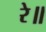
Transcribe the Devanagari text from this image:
रे॥